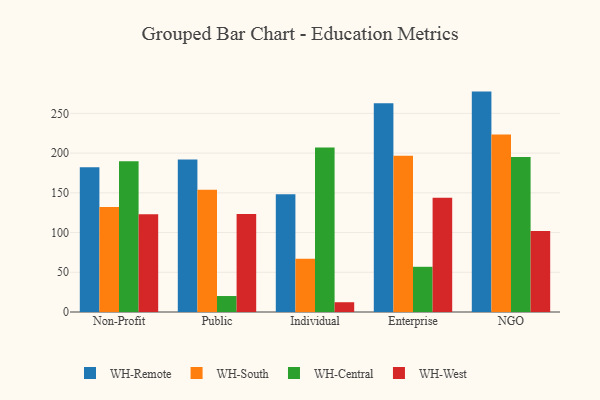
{"axis": {"x": "Segment", "y": "Backlog"}, "legend": ["WH-Central", "WH-Remote", "WH-South", "WH-West"], "data": [{"x": "Non-Profit", "y": 182.3, "type": "WH-Remote"}, {"x": "Non-Profit", "y": 132.3, "type": "WH-South"}, {"x": "Non-Profit", "y": 189.7, "type": "WH-Central"}, {"x": "Non-Profit", "y": 122.9, "type": "WH-West"}, {"x": "Public", "y": 191.9, "type": "WH-Remote"}, {"x": "Public", "y": 154.0, "type": "WH-South"}, {"x": "Public", "y": 20.1, "type": "WH-Central"}, {"x": "Public", "y": 123.5, "type": "WH-West"}, {"x": "Individual", "y": 148.3, "type": "WH-Remote"}, {"x": "Individual", "y": 66.9, "type": "WH-South"}, {"x": "Individual", "y": 206.9, "type": "WH-Central"}, {"x": "Individual", "y": 12.3, "type": "WH-West"}, {"x": "Enterprise", "y": 262.6, "type": "WH-Remote"}, {"x": "Enterprise", "y": 196.6, "type": "WH-South"}, {"x": "Enterprise", "y": 56.9, "type": "WH-Central"}, {"x": "Enterprise", "y": 143.7, "type": "WH-West"}, {"x": "NGO", "y": 277.4, "type": "WH-Remote"}, {"x": "NGO", "y": 223.5, "type": "WH-South"}, {"x": "NGO", "y": 195.2, "type": "WH-Central"}, {"x": "NGO", "y": 101.8, "type": "WH-West"}]}